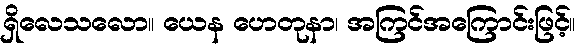
ရှိလေသလော။ ယေန ဟေတုနာ၊ အကြင်အကြောင်းဖြင့်။